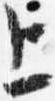
上